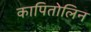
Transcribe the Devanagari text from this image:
कापितोलिन